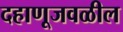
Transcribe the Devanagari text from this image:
दहाणूजवळील